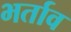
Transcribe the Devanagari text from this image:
भर्ताव